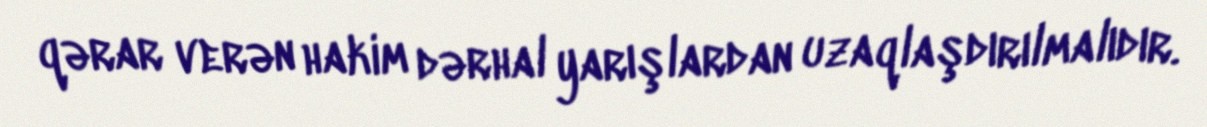
qərar verən hakim dərhal yarışlardan uzaqlaşdırılmalıdır.